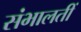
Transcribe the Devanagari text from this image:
संभालतीं